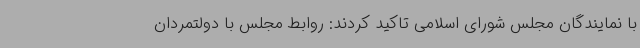
با نمایندگان مجلس شورای اسلامی تاکید کردند: روابط مجلس با دولتمردان